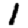
Digit: 1